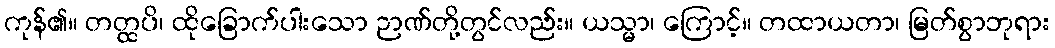
ကုန်၏။ တတ္ထပိ၊ ထိုခြောက်ပါးသော ဉာဏ်တို့တွင်လည်း။ ယသ္မာ၊ ကြောင့်။ တထာယတာ၊ မြတ်စွာဘုရား